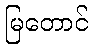
မြတောင်